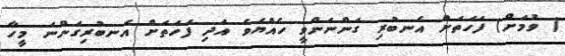
( ވުމަށް) ފަހަތަށް އެނބުރި ގަންނަންވީ ހެއްޔެވެ އަދި ފަހަތަށް އެނބުރިގަންނަ މީހާ